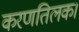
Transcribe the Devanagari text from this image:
करणतिलक।